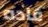
قاده